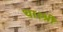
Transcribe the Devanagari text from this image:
था।श्री